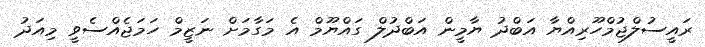
ރައީސުލްޖުމްހޫރިއްޔާ އަބްދު ޔާމީން އަބްދުލް ގައްޔޫމް އެ މަގާމަށް ނަޒީމް ހަމަޖެއްސެވީ މިއަދު